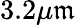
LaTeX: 3.2\mu\mathfrak{m}